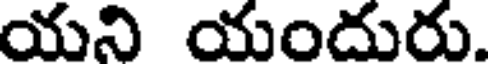
యని యందురు.